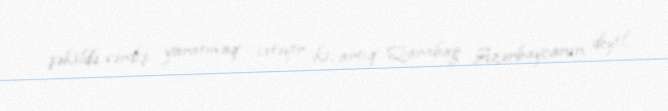
şəkildə vərdiş yaratmaq istəyir ki, artıq Qarabağ Azərbaycanın deyil.